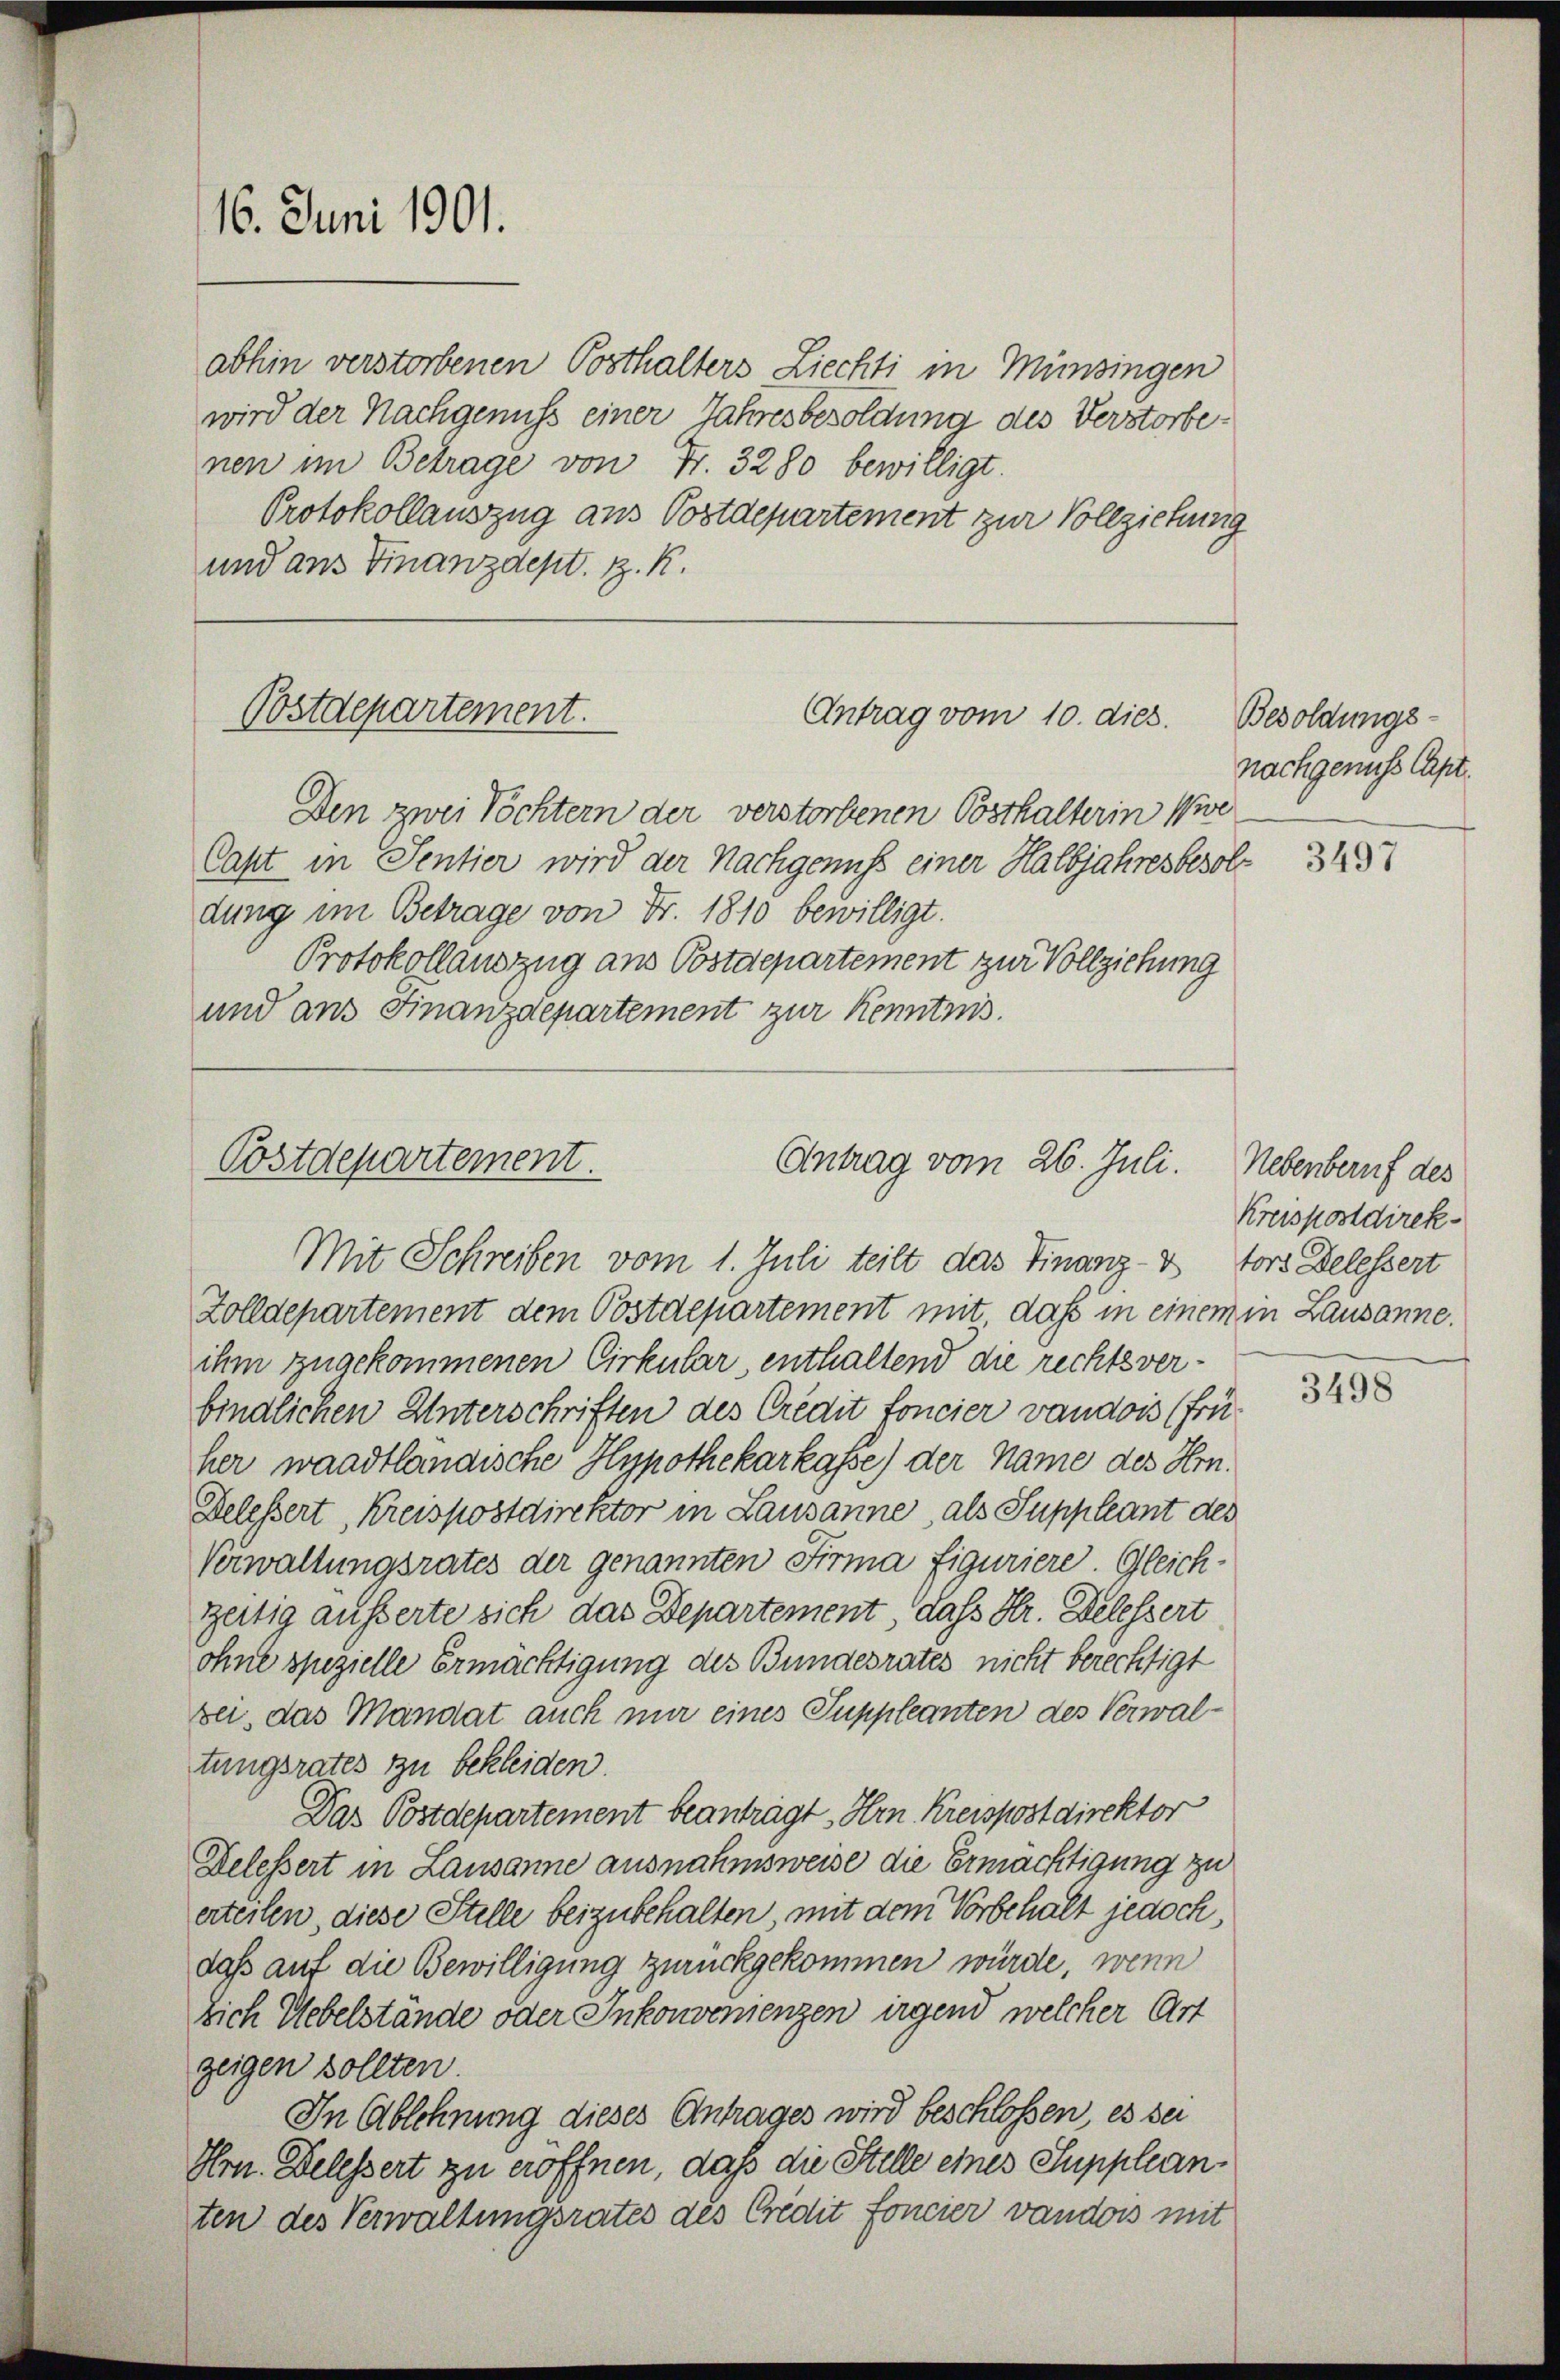
16. Juni 1901.

abhin verstorbenen Posthalters Ziechti in Münsingen
wird der Nachgenuss einer Jahresbesoldung des Verstorbe
nen im Betrage von Fr. 3280 bewilligt.
Protokollauszug aus Postdepartement zur Vollziehung
und aus Finanzdept. H. K.

Postdepartement.

Capt in Sentier wird der Nachgenuss einer Halbjahresbesoldung im Betrage von Fr. 1815 bewilligt.
Protokollauszug aus Postdepartement zur Vollziehung
und aus Finanzdepartement zur Kenntnis.

Postdepartement.
Antrag vom 26. Juli.
Mit Schreiben vom 1. Juli teilt das Finanz-V tors Delessert

Antrag vom 10. dies.
Den zwei Töchtern der verstorbenen Posthalterin Wie

Zolldepartement dem Postdepartement mit daß in einem in Lausanne.
ihm zugekommenen Cirkular, enthaltend die rechts verbindlichen Unterschriften des Credit foncier vaudois (früher waadtländische Hypothekarkasse) der Name des Hrn.
Delessert, Kreispostdirektor in Lausanne, als Suppleant des
Verwaltungsrates der genannten Firma figuriere. Gleichzeitig äusserte sich das Departement, dass Dr. Delessert
ohne spezielle Ermächtigung des Bundesrates nicht berechtigt
bei, das Mandat auch mir eines Suppleanten des Verwaltungsrates zu bekleiden.
Das Postdepartement beanträgt Hrn. Kreispostdirektor
Delessert in Lausanne ausnahmsweise die Ermächtigung zu
erteilen, diese Stelle beizubehalten, mit dem Vorbehalt jedoch,
daß auf die Bewilligung zurückgekommen würde, wenn
sich Uebelstände oder Inkonvenienzen irgend welcher Art
zeigen sollten.
In Ablehnung dieses Antrages wird beschlossen, es sei
Hrn. Delessert zu eröffnen, daß die Stelle eines Suppleanten des Verwaltungsrates des Credit foncier vandors mit

Besoldungs-
nachgenuss Capt.

3497

Nebenberuf des
Kreispostdirek¬

3498